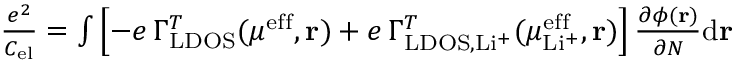
\begin{array} { r } { \frac { e ^ { 2 } } { C _ { \mathrm { e l } } } = \int \left[ - e \, \Gamma _ { \mathrm { L D O S } } ^ { T } ( \mu ^ { \mathrm { e f f } } , \mathbf { r } ) + e \, \Gamma _ { \mathrm { L D O S } , \mathrm { L i ^ { + } } } ^ { T } ( \mu _ { \mathrm { L i ^ { + } } } ^ { \mathrm { e f f } } , \mathbf { r } ) \right] \frac { \partial \phi ( \mathbf { r } ) } { \partial N } \mathrm { d } \mathbf { r } } \end{array}